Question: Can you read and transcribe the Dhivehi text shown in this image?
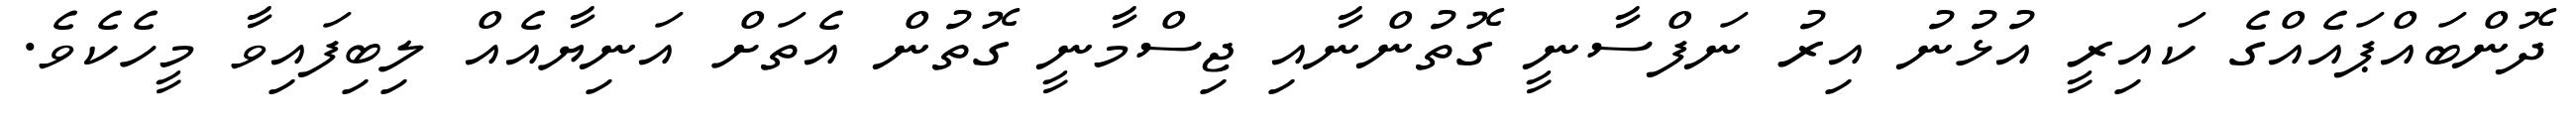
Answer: ދޮންބައްޕައެއްގެ ކައިރީ އުޅުނު އިރު ނަފްސާނީ ގޮތުންނާއި ޖިސްމާނީ ގޮތުން އެތަށް އަނިޔާއެއް ލިބިފައިވާ މީހެކެވެ.